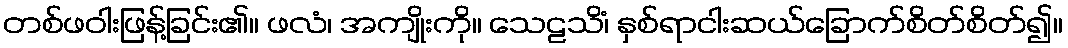
တစ်ဖဝါးဖြန့်ခြင်း၏။ ဖလံ၊ အကျိုးကို။ သေဠသိံ၊ နှစ်ရာငါးဆယ်ခြောက်စိတ်စိတ်၍။